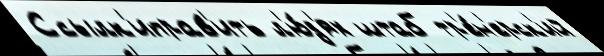
Ссылк'иправ'ить л'ю́д'ях штаб тр'е́н'ерск'ий